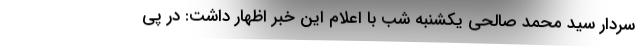
سردار سید محمد صالحی یکشنبه شب با اعلام این خبر اظهار داشت: در پی